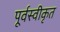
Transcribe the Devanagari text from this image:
पूर्वस्वीकृत